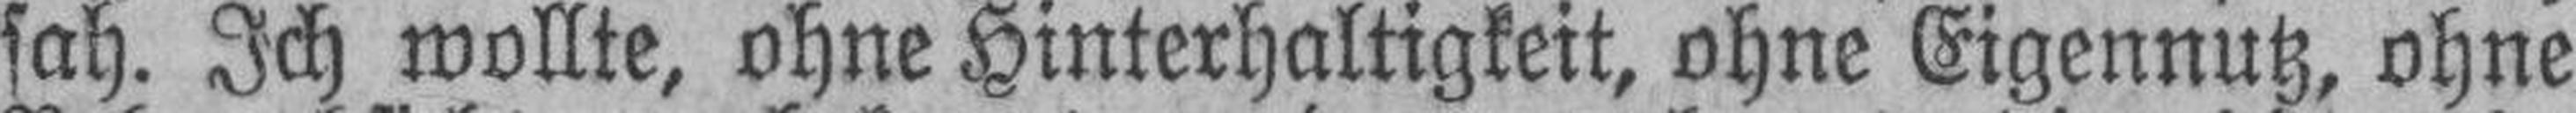
sah. Ich wollte, ohne Hinterhaltigkeit, ohne Eigennutz, ohne